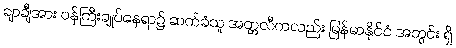
ချာချီအား ဝန်ကြီးချုပ်နေရာ၌ ဆက်ခံသူ အတ္တလီကလည်း မြန်မာနိုင်ငံ အတွင်း ရှိ